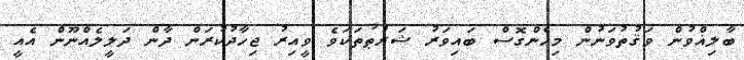
ބާލިޣްވުން ވަޤުތުވަނުން މިހެންގޮސް ބައިވަރު ޝަރުޠުތަކަވެ ވީއިރު ޖިހާދުކުރަން ދާން ދަލީލެއްނޫން އެއީ